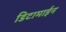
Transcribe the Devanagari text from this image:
डिटामाईन